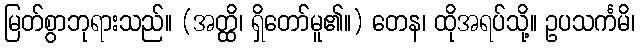
မြတ်စွာဘုရားသည်။ (အတ္ထိ၊ ရှိတော်မူ၏။) တေန၊ ထိုအရပ်သို့။ ဥပသင်္ကမိ၊